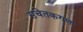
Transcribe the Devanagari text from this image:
सचेतकगण